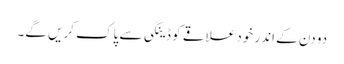
دو دن کے اندر خود علاقے کو ڈینگی سے پاک کریں گے۔